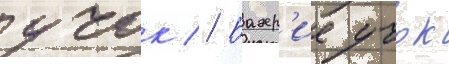
учок // Бахр'ие учок